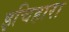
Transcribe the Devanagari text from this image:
इचिहारा